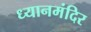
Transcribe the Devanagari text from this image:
ध्यानमंदिर